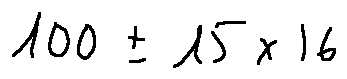
1 0 0 \pm 1 5 \times 1 6